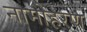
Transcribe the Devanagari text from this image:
नामोहरण